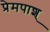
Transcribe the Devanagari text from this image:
प्रेमपाश्